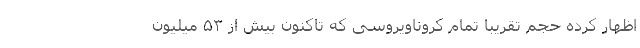
اظهار کرده حجم تقریبا تمام کروناویروسی که تاکنون بیش از ۵۳ میلیون